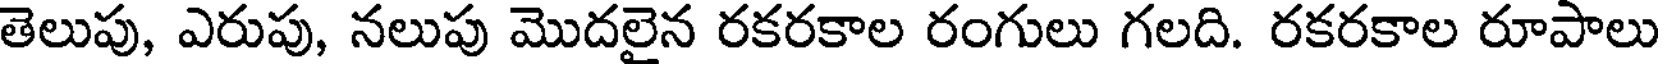
తెలుపు, ఎరుపు, నలుపు మొదలైన రకరకాల రంగులు గలది. రకరకాల రూపాలు